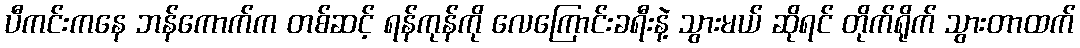
ပီကင်းကနေ ဘန်ကောက်က တစ်ဆင့် ရန်ကုန်ကို လေကြောင်းခရီးနဲ့ သွားမယ် ဆိုရင် တိုက်ရိုက် သွားတာထက်